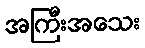
အကြီးအသေး